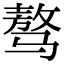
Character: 骜